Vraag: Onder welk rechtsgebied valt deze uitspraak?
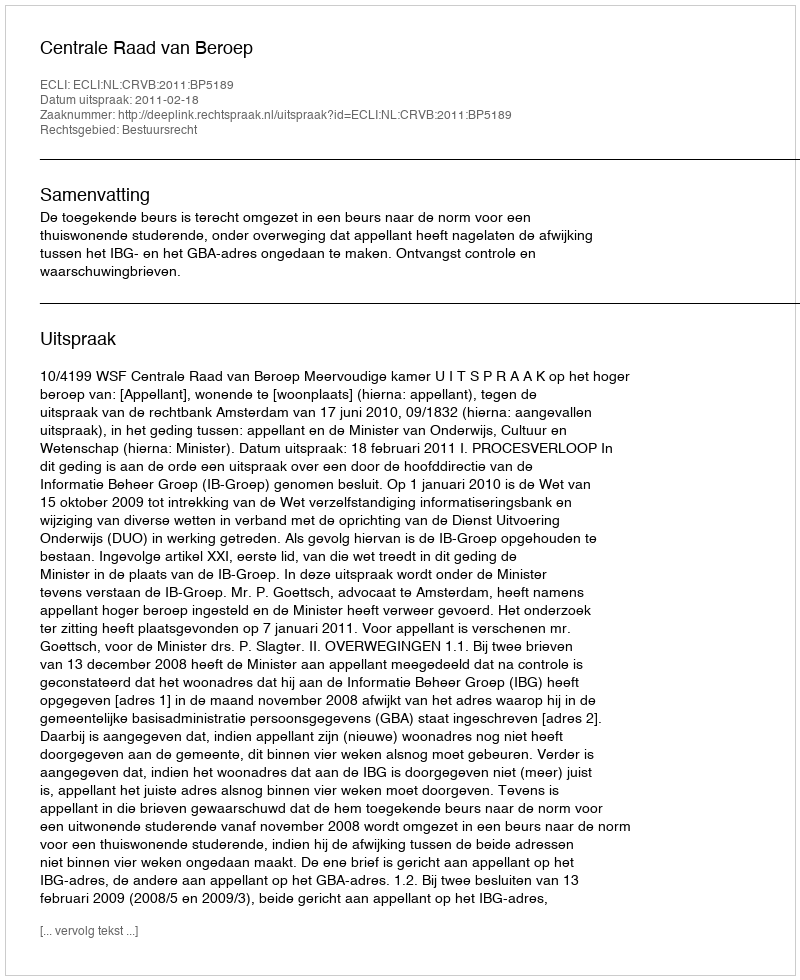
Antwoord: Bestuursrecht